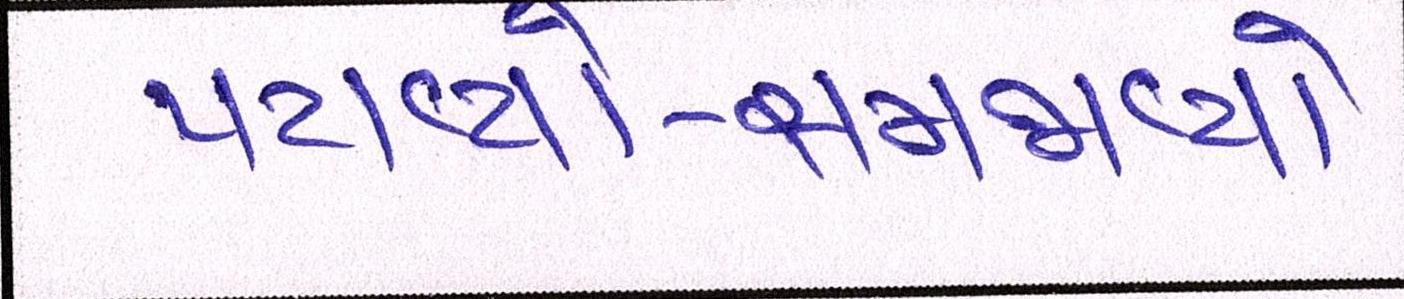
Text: પટાવ્યો-સમજાવ્યો